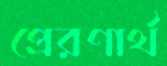
প্রেরণার্থ